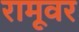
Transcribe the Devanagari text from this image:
रामूवर